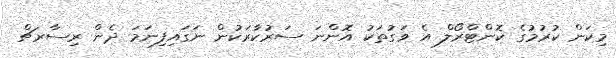
މިކަން ކުރުމުގެ ކޮންޓްރޯލް އެ ވަގުތަކު އޮންނަ ސަރުކާރަކުން ނަގައިފިނަމަ ދެން ރިސާރޗް